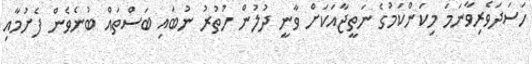
ހަސަދަވެރިވާނަމަ މިކަންކަމުގެ ނަތީޖާއަކަށް ވާނީ ދުލުން ހުތުރު ނުބައި ބަސްތައް ބުނެވެން ފެށުމާއި